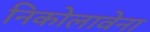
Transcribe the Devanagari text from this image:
निकोलावेना